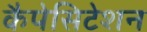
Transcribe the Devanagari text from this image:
कैपेसिटेशन